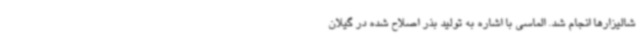
شالیزارها انجام شد. الماسی با اشاره به تولید بذر اصلاح شده در گیلان